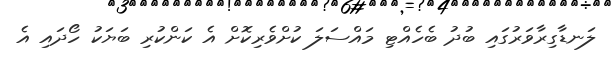
ލަނޑާގިރާވަރުގައި ބުދު ބެހެއްޓި މައްސަލަ ކުށްވެރިކޮށް އެ ކަންކުރި ބަޔަކު ހޯދައި އެ